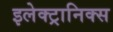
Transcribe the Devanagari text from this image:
इलेक्‍ट्रानिक्स